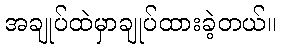
အချုပ်ထဲမှာချုပ်ထားခဲ့တယ်။